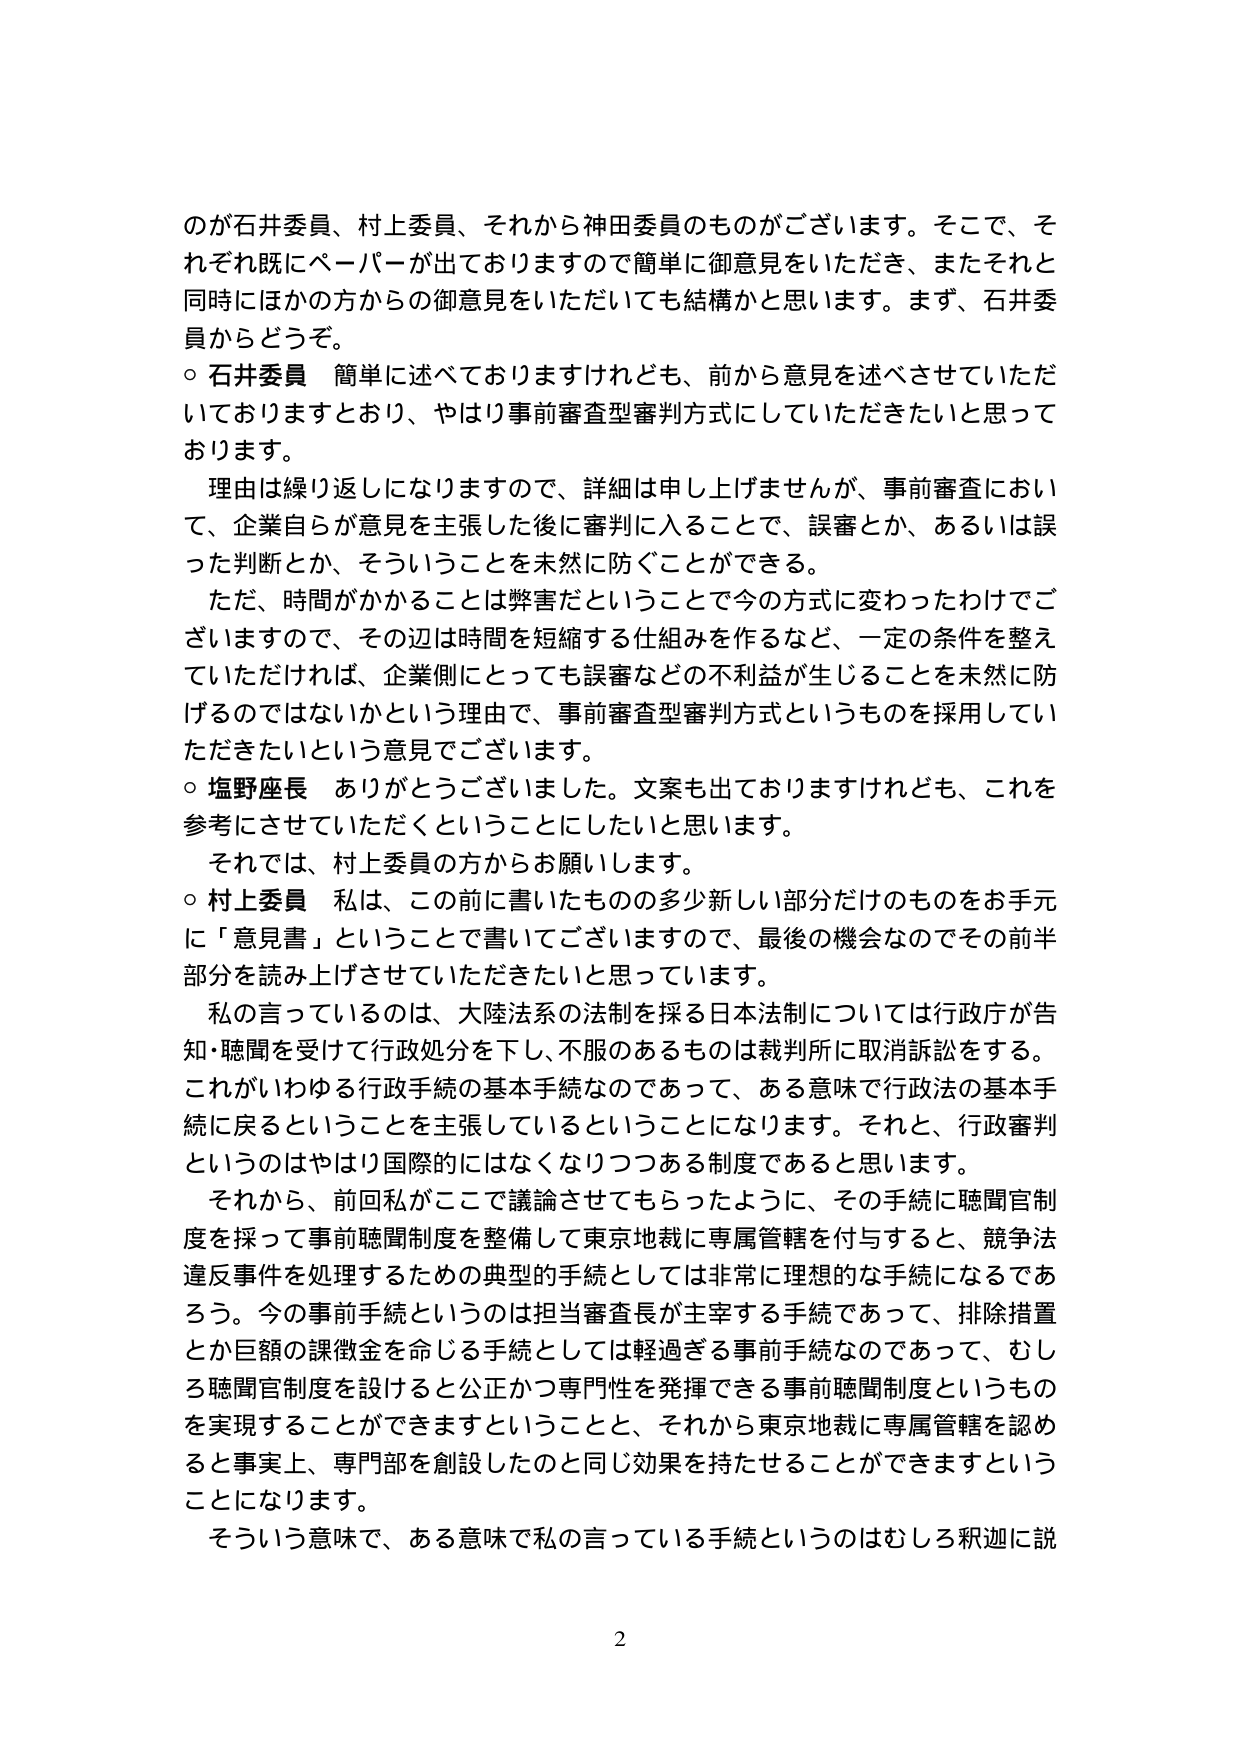
のが石井委員、村上委員、それから神田委員のものがございます。そこで、それぞれ既にペーパーが出ておりますので簡単に御意見をいただき、またそれと同時にほかの方からの御意見をいただいても結構かと思います。まず、石井委員からどうぞ。

○ 石井委員 簡単に述べておりますけれども、前から意見を述べさせていただいておりますとおり、やはり事前審査型審判方式にしていただきたいと思っております。

理由は繰り返しになりますので、詳細は申し上げませんが、事前審査において、企業自らが意見を主張した後に審判に入ることで、誤審とか、あるいは誤った判断とか、そういうことを未然に防ぐことができる。

ただ、時間がかかることは弊害だということで今の方式に変わったわけでございますので、その辺は時間を短縮する仕組みを作るなど、一定の条件を整えていただければ、企業側にとっても誤審などの不利益が生じることを未然に防げるのではないかという理由で、事前審査型審判方式というものを採用していただきたいという意見でございます。

○ 塩野座長 ありがとうございました。文案も出ておりますけれども、これを参考にさせていただくということにしたいと思います。

それでは、村上委員の方からお願いします。

○ 村上委員 私は、この前に書いたものの多少新しい部分だけのものをお手元に「意見書」ということで書いてございますので、最後の機会なのでその前半部分を読み上げさせていただきたいと思っています。

私の言っているのは、大陸法系の法制を採る日本法制については行政庁が告知・聴聞を受けて行政処分を下し、不服のあるものは裁判所に取消訴訟をする。これがいわゆる行政手続の基本手続なのであって、ある意味で行政法の基本手続に戻るということを主張しているということになります。それと、行政審判というのはやはり国際的にはなくなりつつある制度であると思います。

それから、前回私がここで議論させてもらったように、その手続に聴聞官制度を採って事前聴聞制度を整備して東京地裁に専属管轄を付与すると、競争法違反事件を処理するための典型的手続としては非常に理想的な手続になるであろう。今の事前手続というのは担当審査長が主宰する手続であって、排除措置とか巨額の徴徴金を命じる手続としては軽過ぎる事前手続なのであって、むしろ聴聞官制度を設けると公正かつ専門性を発揮できる事前聴聞制度というものを実現することができますということと、それから東京地裁に専属管轄を認めると事実上、専門部を創設したのと同じ効果を持たせることができますということになります。

そういう意味で、ある意味で私の言っている手続というのはむしろ釈迦に説

2